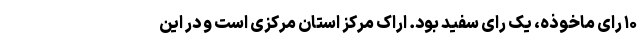
۱۰ رای ماخوذه، یک رای سفید بود. اراک مرکز استان مرکزی است و در این